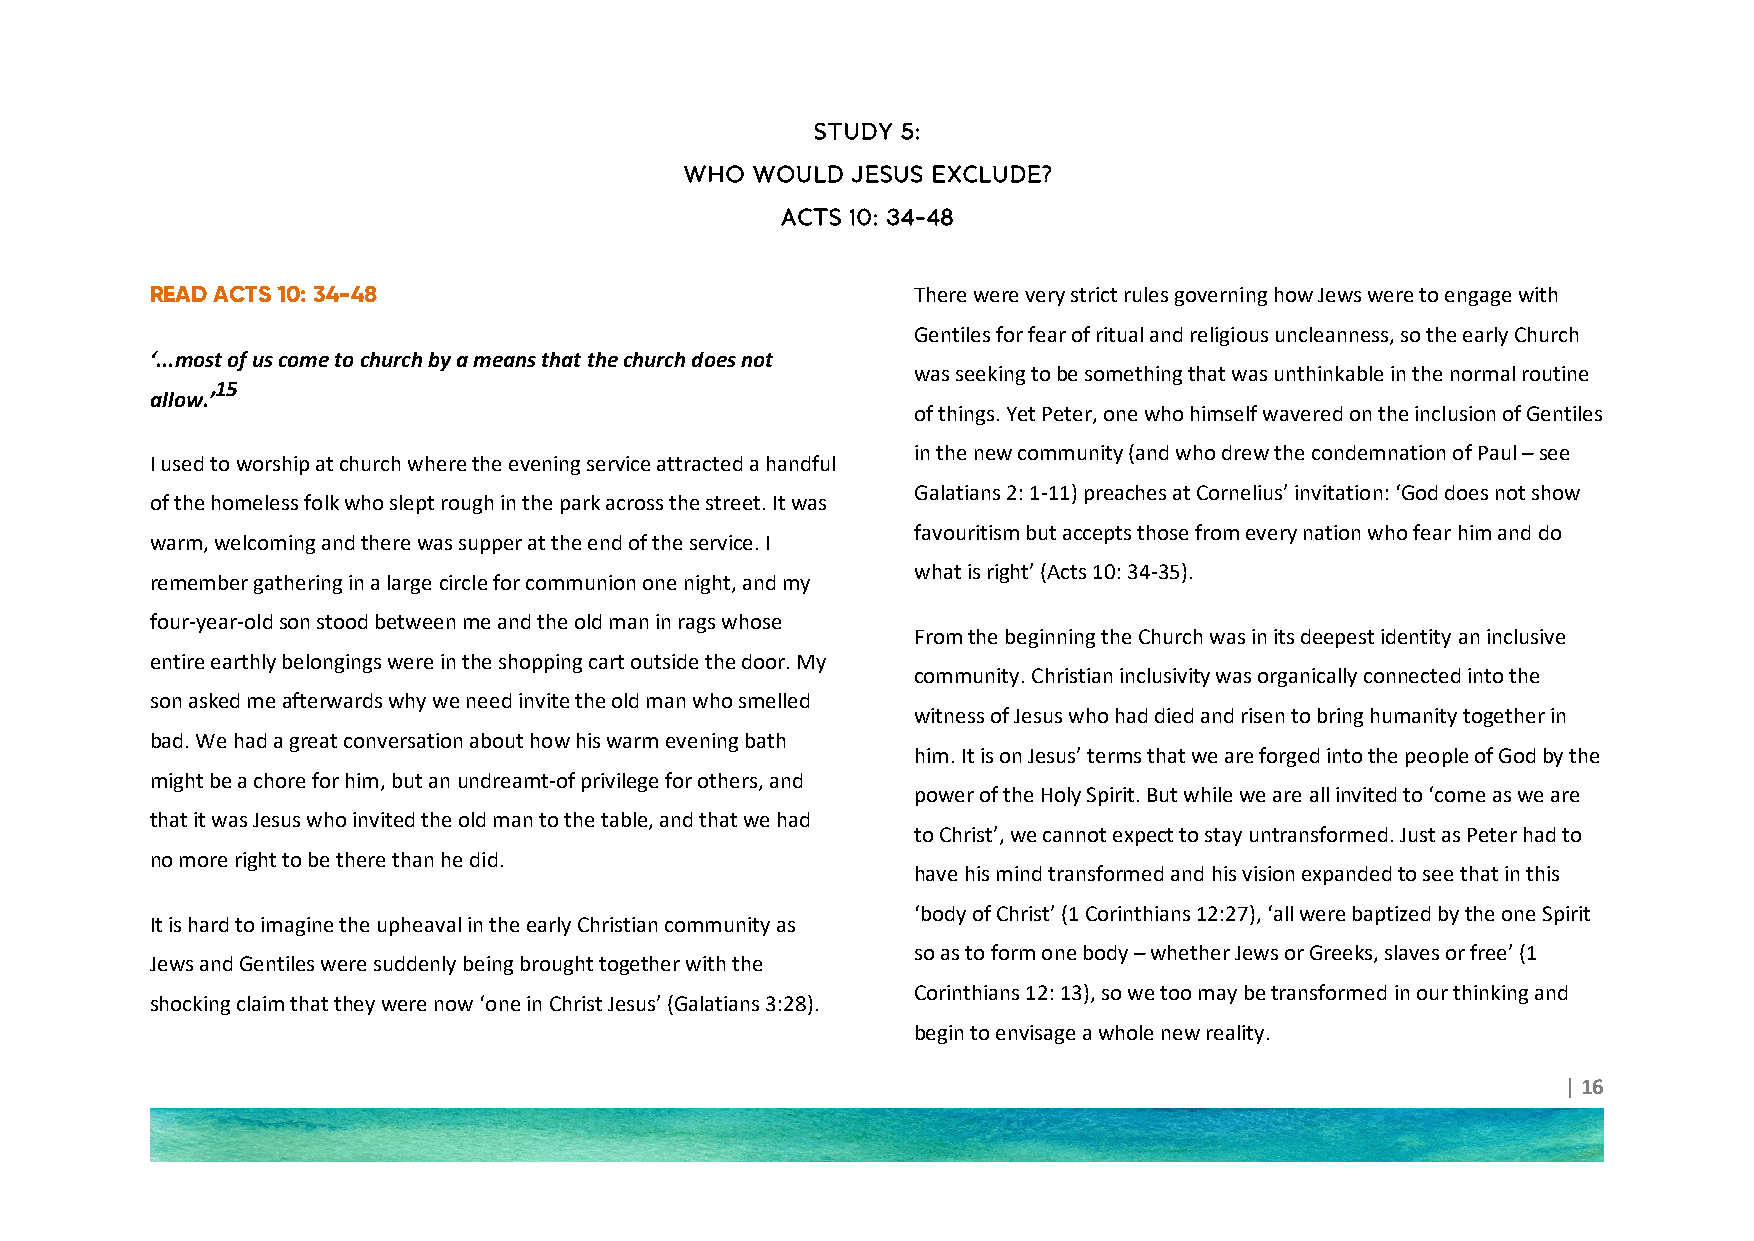
STUDY 5:
 WHO  WOULD JESUS EXCLUDE?
 ACTS 10: 34-48
 READ ACTS 10: 34-48                                There were very strict rules governing how Jews were to engage with
 Gentiles for fear of ritual and religious uncleanness, so the early Church
 ‘...most of us come to church by a means that the church does not
 was seeking to be something that was unthinkable in the normal routine
 15
 allow.’
 of things. Yet Peter, one who himself wavered on the inclusion of Gentiles
 in the new community (and who drew the condemnation of Paul – see
 I used to worship at church where the evening service attracted a handful
 Galatians 2: 1-11) preaches at Cornelius’ invitation: ‘God does not show
 of the homeless folk who slept rough in the park across the street. It was
 favouritism but accepts those from every nation who fear him and do
 warm, welcoming and there was supper at the end of the service. I
 what is right’ (Acts 10: 34-35).
 remember gathering in a large circle for communion one night, and my
 four-year-old son stood between me and the old man in rags whose
 From the beginning the Church was in its deepest identity an inclusive
 entire earthly belongings were in the shopping cart outside the door. My
 community. Christian inclusivity was organically connected into the
 son asked me afterwards why we need invite the old man who smelled
 witness of Jesus who had died and risen to bring humanity together in
 bad. We had a great conversation about how his warm evening bath
 him. It is on Jesus’ terms that we are forged into the people of God by the
 might be a chore for him, but an undreamt-of privilege for others, and
 power of the Holy Spirit. But while we are all invited to ‘come as we are
 that it was Jesus who invited the old man to the table, and that we had
 to Christ’, we cannot expect to stay untransformed. Just as Peter had to
 no more right to be there than he did.
 have his mind transformed and his vision expanded to see that in this
 ‘body of Christ’ (1 Corinthians 12:27), ‘all were baptized by the one Spirit
 It is hard to imagine the upheaval in the early Christian community as
 so as to form one body – whether Jews or Greeks, slaves or free’ (1
 Jews and Gentiles were suddenly being brought together with the
 Corinthians 12: 13), so we too may be transformed in our thinking and
 shocking claim that they were now ‘one in Christ Jesus’ (Galatians 3:28).
 begin to envisage a whole new reality.
 | 16